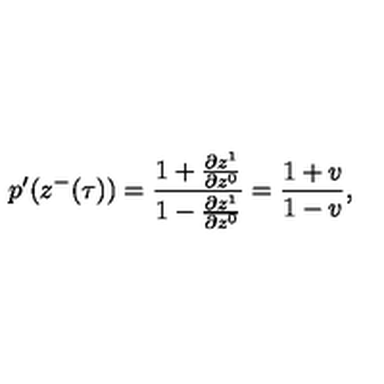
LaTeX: p ^ { \prime } ( z ^ { - } ( \tau ) ) = \frac { 1 + \frac { \partial z ^ { 1 } } { \partial z ^ { 0 } } } { 1 - \frac { \partial z ^ { 1 } } { \partial z ^ { 0 } } } = \frac { 1 + v } { 1 - v } ,